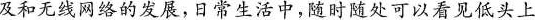
及和无线网络的发展，日常生活中，随时随处可以看见低头上